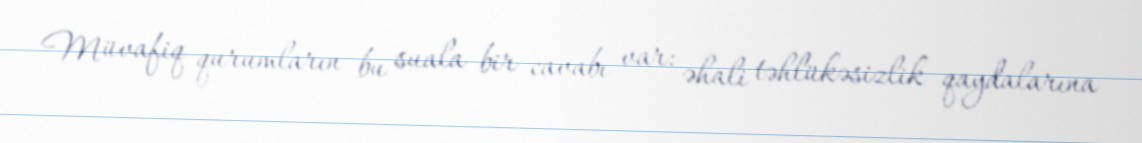
Müvafiq qurumların bu suala bir cavabı var: əhali təhlükəsizlik qaydalarına